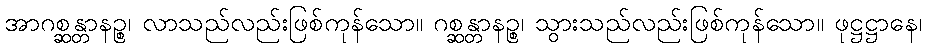
အာဂစ္ဆန္တာနဉ္စ၊ လာသည်လည်းဖြစ်ကုန်သော။ ဂစ္ဆန္တာနဉ္စ၊ သွားသည်လည်းဖြစ်ကုန်သော။ ဖုဋ္ဌဋ္ဌာနေ၊